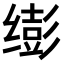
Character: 𫄵